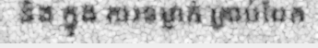
និង ក្នុង ការទម្លាក់ គ្រាប់បែក